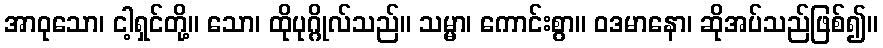
အာဝုသော၊ ငါ့ရှင်တို့။ သော၊ ထိုပုဂ္ဂိုလ်သည်။ သမ္မာ၊ ကောင်းစွာ။ ဝဒမာနော၊ ဆိုအပ်သည်ဖြစ်၍။